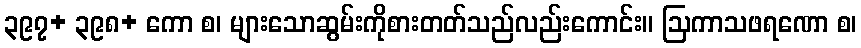
၃၉၇+ ၃၉၈+ ကော စ၊ များသောဆွမ်းကိုစားတတ်သည်လည်းကောင်း။ ဩကာသဖရဏော စ၊